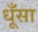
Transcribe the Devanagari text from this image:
धूँसा